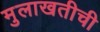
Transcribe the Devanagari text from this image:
मुलाखतीची